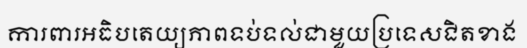
ការពារអធិបតេយ្យភាពទប់ទល់ជាមួយប្រទេសជិតខាង